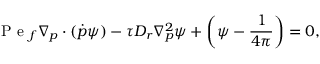
\mathrm { ~ P ~ e ~ } _ { f } \nabla _ { p } \cdot \left( \boldsymbol { \dot { p } } { \psi } \right) - \tau D _ { r } \nabla _ { p } ^ { 2 } { \psi } + \left( { \psi } - \frac { 1 } { { 4 \pi } } \right) = 0 ,